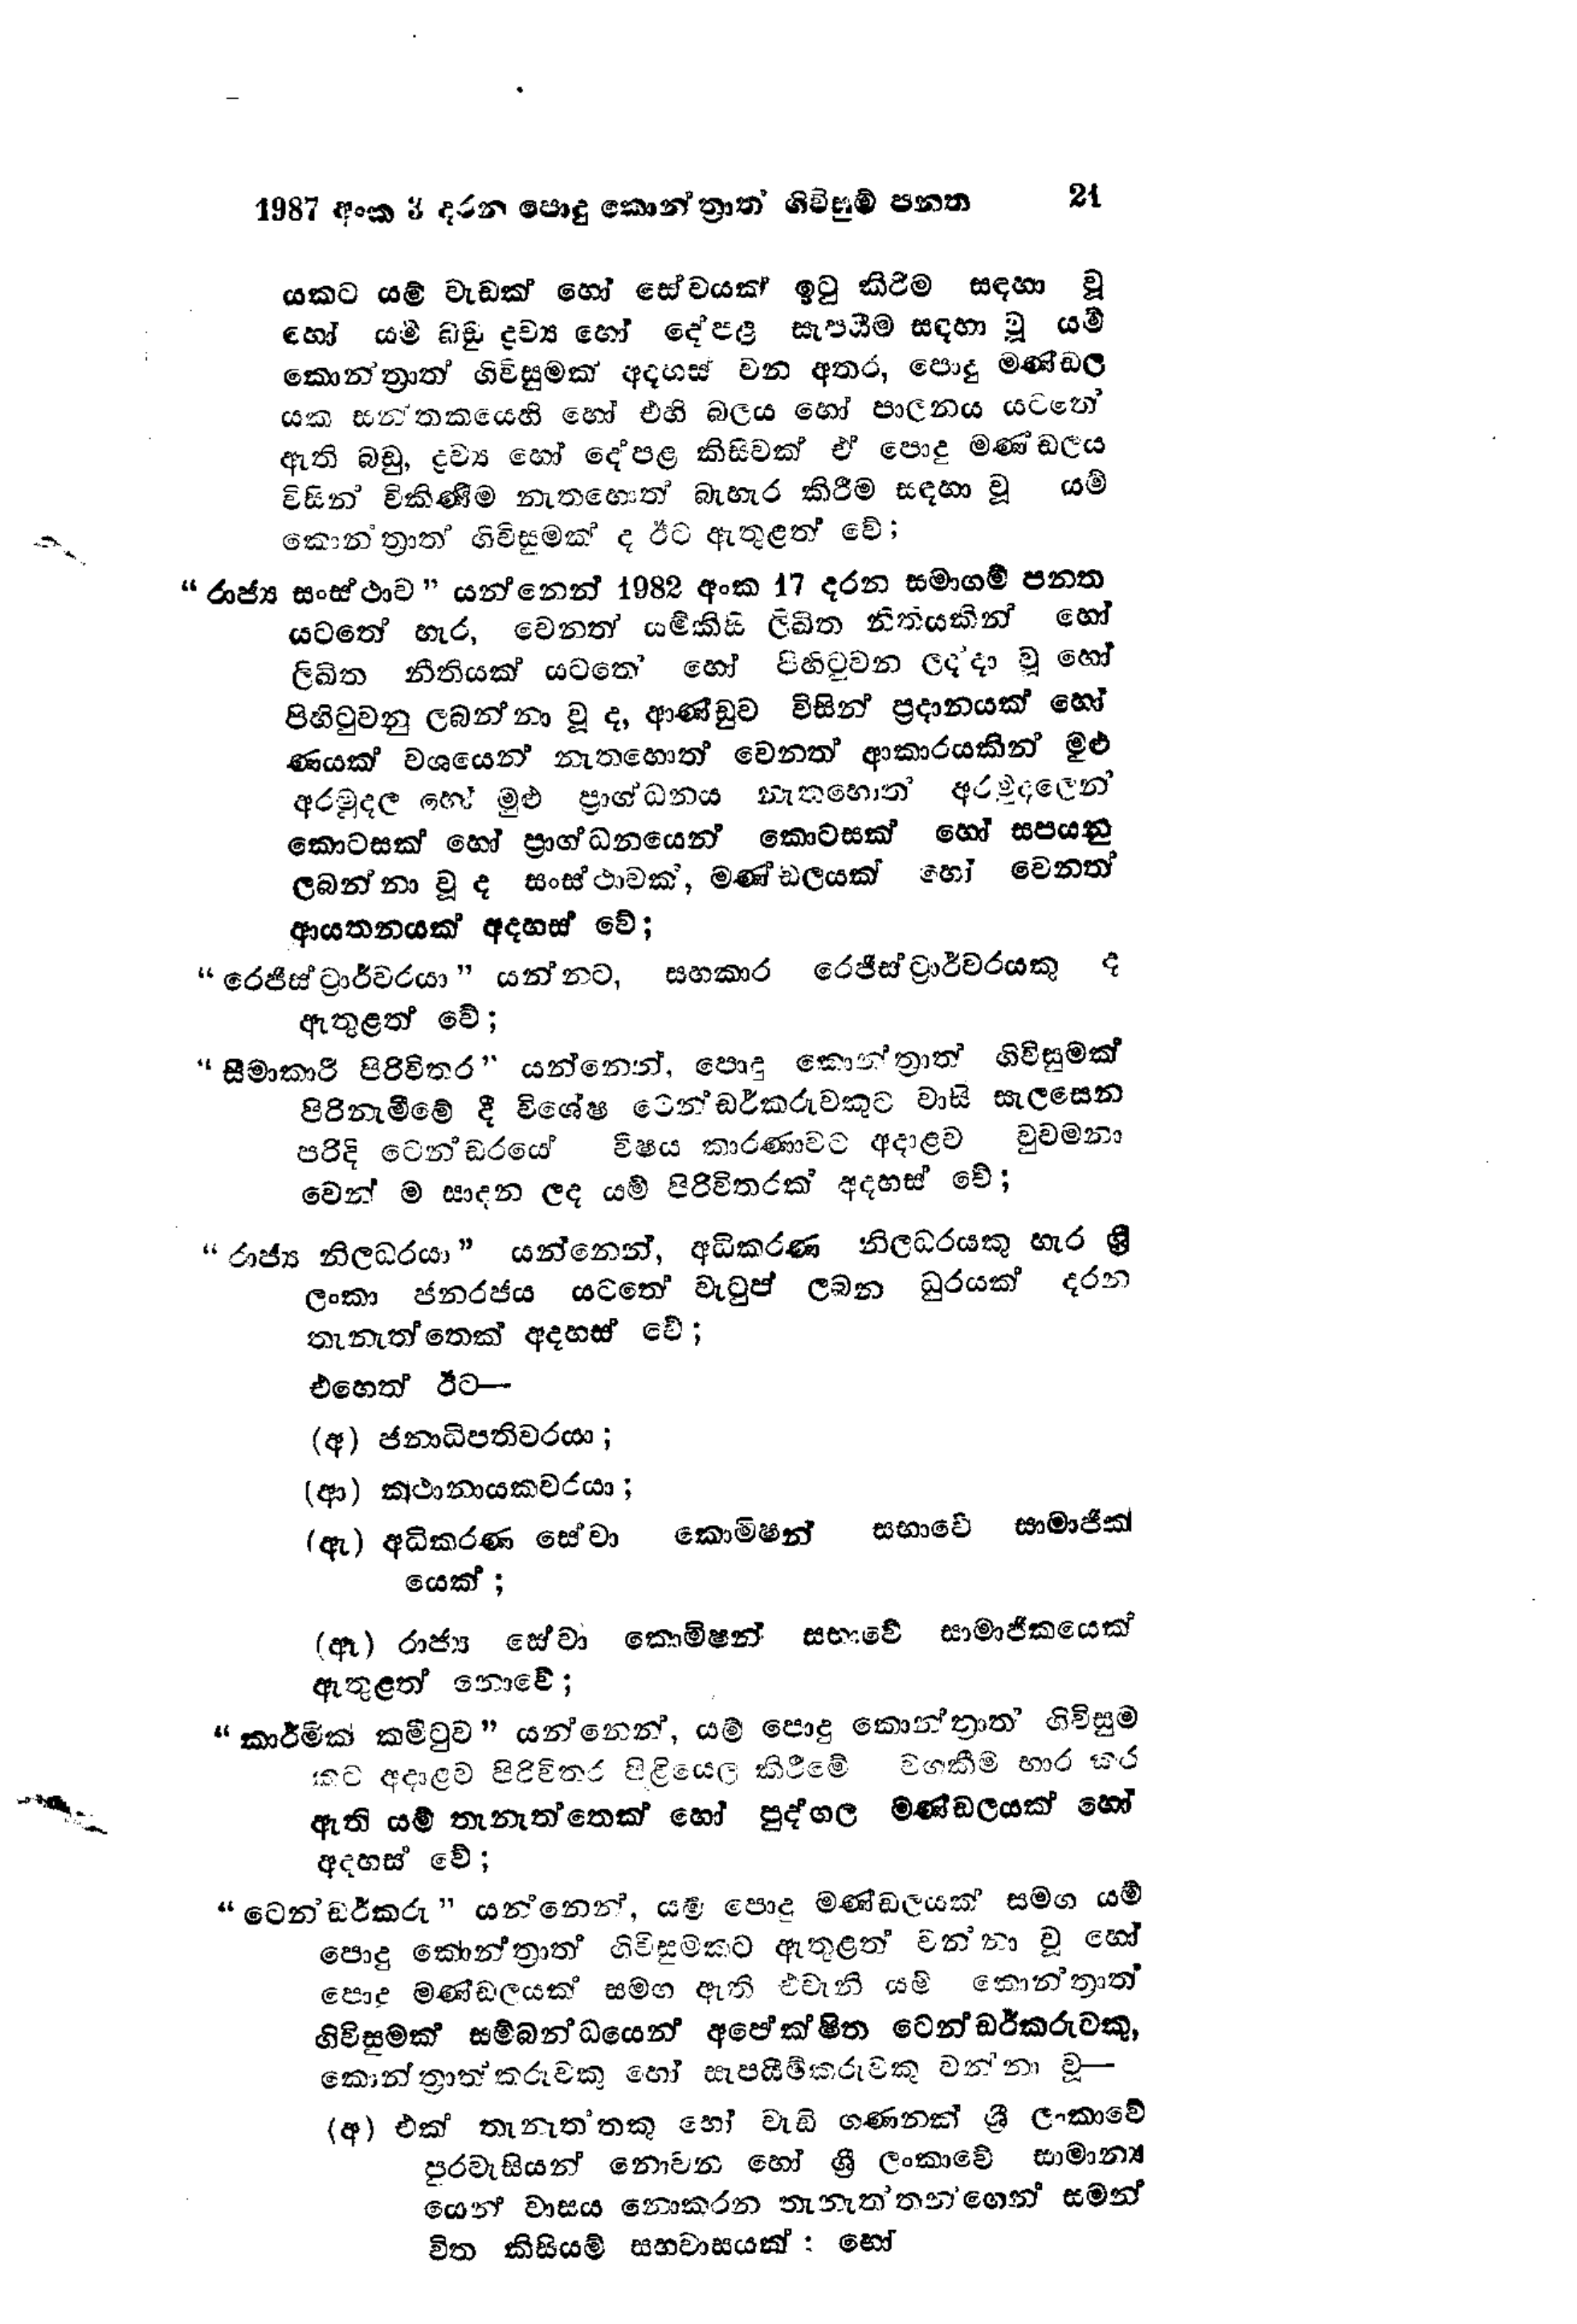
1987 අංක 3 දරන පොදු කොන්ත්‍රාත ගිවිසුම් පනත 21

යකට යම් වැඩක් හෝ සේවයක් ඉටු කිරීම සඳහා වූ
හෝ යම් බඩු ද්‍රව්‍ය හෝ දේපළ සැපයීම සඳහා වූ යම්
කොන්ත්‍රාත් ගිවිසුමක් අදහස් වන අතර, පොදු මණ්ඩල
යක සන්තකයෙහි හෝ එහි බලය හෝ පාලනය යටතේ
ඇති බඩු, ද්‍රව්‍ය හෝ දේපළ කිසිවක් ඒ පොදු මණ්‌ඩලය
විසින් විකිණීම නැතහොත් බැහැර කිරීම සඳහා වූ යම්
කොන්ත්‍රාත් ගිවිසුමක් ද ඊට ඇතුළත් වේ;

“රාජ්‍ය සංස් ථාව" යන්නෙන් 1982 අංක 17 දරන සමාගම් පනත
යටතේ හැර, වෙනත් යම්කිසි ලිඛිත නීතියකින් හෝ
ලිඛිත නීතියක් යටතේ හෝ පිහිටුවන ලද්දා වූ හෝ
පිහිටුවනු ලබන්නා වූ ද, ආණ්ඩුව විසින් ප්‍රදානයක් හෝ
ණයක් වශයෙන් නැතහොත් වෙනත් ආකාරයකින් මුළු
අරමුදල හෝ මුළු ප්‍රාග්ධනය නැතහොත් අරමුදලෙන්
කොටසක් හෝ ප්‍රාග්ධනයෙන් කොටසක් හෝ සපයනු
ලබන්නා වූ ද සංස්ථාවක්, මණ්ඩලයක් හෝ වෙනත්
ආයතනයක් අදහස් වේ;

"රෙජිස්ට්‍රාර්වරයා" යන්නට, සහකාර රෙජිස්ට්‍රාර්වරයකු ද
ඇතුළත් වේ;

"සීමාකාරී පිරිවිතර " යන්නෙන්, පොදු කොන්ත්‍රාත් ගිවිසුමක්
පිරිනැමීමේ දී විශේෂ ටෙන්ඩර්කරුවකුට වාසි සැලසෙන
පරිදි ටෙන්ඩරයේ විෂය කාරණාවට අදාළව වුවමනා
වෙන් ම සාදන ලද යම් පිරිවිතරක් අදහස් වේ;

"රාජ්‍ය නිලධරයා " යන්නෙන්, අධිකරණ නිලධරයකු හැර ශ්‍රී
ලංකා ජනරජය යටතේ වැටුප් ලබන ධුරයක් දරන
තැනැත්තෙක් අදහස් වේ;
එහෙත් ඊට

(අ) ජනාධිපතිවරයා ;
(ආ) කථානායකවරයා;
(ඇ) අධිකරණ සේවා කොමිෂන් සභාවේ සාමාජික
යෙක්;
(ඈ) රාජ්‍ය සේවා කොමිෂන් සභාවේ සාමාජිකයෙක්
ඇතුළත් නොවේ;

"කාර්මික කමිටුව " යන්නෙන්, යම් පොදු කොන්ත්‍රාත් ගිවිසුම
කට අදාළව පිරිවිතර පිළියෙල කිරීමේ වගකීම භාර කර
ඇති යම් තැනැත්තෙක් හෝ පුද්ගල මණ්ඩලයක් හෝ
අදහස් වේ;

"ටෙන්ඩර්කරු" යන්නෙන්, යම් පොදු මණ්ඩලයක් සමග යම්
පොදු කොන්ත්‍රාත් ගිවිසුමකට ඇතුළත් වන්නා වූ හෝ
පොදු මණ්ඩලයක් සමග ඇති එවැනි යම් කොන්ත්‍රාත්
ගිවිසුමක් සම්බන්ධයෙන් අපේක්ෂිත ටෙන්ඩර්කරුවකු,
කොන්ත්‍රාත්කරුවකු හෝ සැපයීම්කරුවකු වන්නා වූ -

(අ) එක් තැනැත්තකු හෝ වැඩි ගණනක් ශ්‍රී ලංකාවේ
පුරවැසියන් නොවන හෝ ශ්‍රී ලංකාවේ සාමාන්‍ය
යෙන් වාසය නොකරන තැනැත්තන්ගෙන් සමන්
විත කිසියම් සහවාසයක්; හෝ